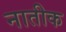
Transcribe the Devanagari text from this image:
नातीक